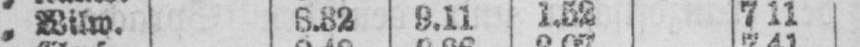
„ Wilw. 8.32 9.11 1.52 7.11